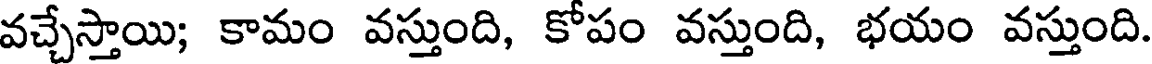
వచ్చేస్తాయి; కామం వస్తుంది, కోపం వస్తుంది, భయం వస్తుంది.